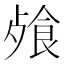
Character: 𩛈